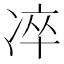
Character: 𠗚